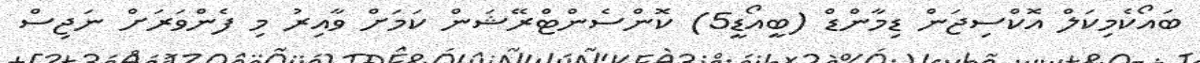
ބައޯކެމިކަލް އޮކްސިޖަން ޑިމާންޑް (ބީއޯޑީ5) ކޮންސެންޓްރޭޝަން ކަމަށް ވާއިރު މި ފެންވަރަށް ނަޖިސް